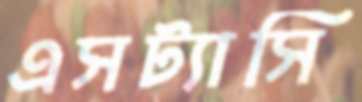
এসট্যাসি